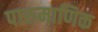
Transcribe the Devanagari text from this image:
पारुमाणिक